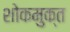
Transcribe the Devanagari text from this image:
शोकमुक्त